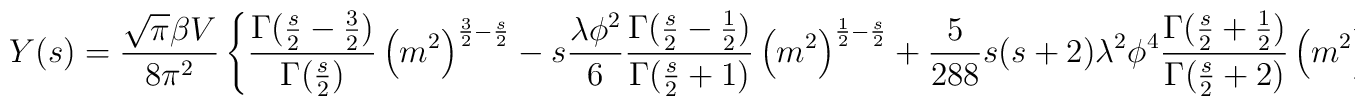
Y(s)=\frac{\sqrt{\pi}\beta V}{8\pi^2}\left\{\frac{\Gamma(\frac{s}{2}-\frac{3}{2})}{\Gamma(\frac{s}{2})}\left(m^2\right)^{\frac{3}{2}-\frac{s}{2}}-s\frac{\lambda\phi^2}{6}\frac{\Gamma(\frac{s}{2}-\frac{1}{2})}{\Gamma(\frac{s}{2}+1)}\left(m^2\right)^{\frac{1}{2}-\frac{s}{2}}+\frac{5}{288}s(s+2)\lambda^2\phi^4\frac{\Gamma(\frac{s}{2}+\frac{1}{2})}{\Gamma(\frac{s}{2}+2)}\left(m^2\right)^{-\frac{1}{2}-\frac{s}{2}}\right\}